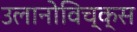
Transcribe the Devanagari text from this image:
उलानोविच्क्स